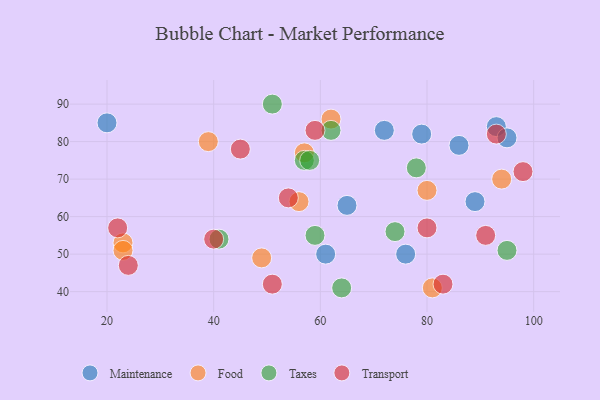
{"axis": {"x": "GDP", "y": "Life Expectancy"}, "legend": ["Food", "Maintenance", "Taxes", "Transport"], "data": [{"x": "79", "y": 82, "type": "Maintenance"}, {"x": "89", "y": 64, "type": "Maintenance"}, {"x": "61", "y": 50, "type": "Maintenance"}, {"x": "93", "y": 84, "type": "Maintenance"}, {"x": "20", "y": 85, "type": "Maintenance"}, {"x": "65", "y": 63, "type": "Maintenance"}, {"x": "72", "y": 83, "type": "Maintenance"}, {"x": "86", "y": 79, "type": "Maintenance"}, {"x": "76", "y": 50, "type": "Maintenance"}, {"x": "95", "y": 81, "type": "Maintenance"}, {"x": "62", "y": 86, "type": "Food"}, {"x": "49", "y": 49, "type": "Food"}, {"x": "94", "y": 70, "type": "Food"}, {"x": "39", "y": 80, "type": "Food"}, {"x": "80", "y": 67, "type": "Food"}, {"x": "81", "y": 41, "type": "Food"}, {"x": "57", "y": 77, "type": "Food"}, {"x": "23", "y": 53, "type": "Food"}, {"x": "23", "y": 51, "type": "Food"}, {"x": "56", "y": 64, "type": "Food"}, {"x": "41", "y": 54, "type": "Taxes"}, {"x": "64", "y": 41, "type": "Taxes"}, {"x": "59", "y": 55, "type": "Taxes"}, {"x": "78", "y": 73, "type": "Taxes"}, {"x": "57", "y": 75, "type": "Taxes"}, {"x": "95", "y": 51, "type": "Taxes"}, {"x": "51", "y": 90, "type": "Taxes"}, {"x": "58", "y": 75, "type": "Taxes"}, {"x": "62", "y": 83, "type": "Taxes"}, {"x": "74", "y": 56, "type": "Taxes"}, {"x": "59", "y": 83, "type": "Transport"}, {"x": "45", "y": 78, "type": "Transport"}, {"x": "24", "y": 47, "type": "Transport"}, {"x": "91", "y": 55, "type": "Transport"}, {"x": "51", "y": 42, "type": "Transport"}, {"x": "80", "y": 57, "type": "Transport"}, {"x": "98", "y": 72, "type": "Transport"}, {"x": "22", "y": 57, "type": "Transport"}, {"x": "54", "y": 65, "type": "Transport"}, {"x": "83", "y": 42, "type": "Transport"}, {"x": "93", "y": 82, "type": "Transport"}, {"x": "40", "y": 54, "type": "Transport"}]}